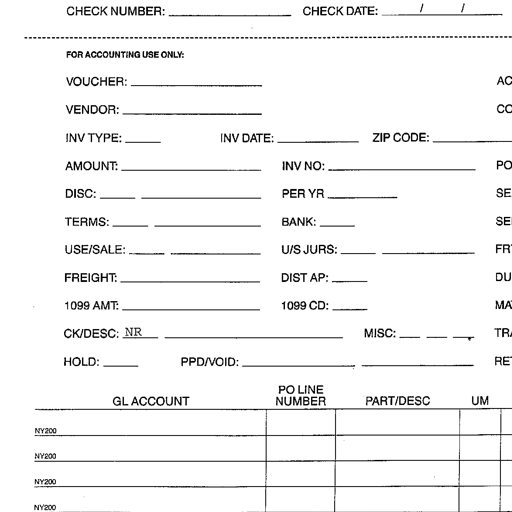
CHECK NUMBER: ______________________ CHECK DATE: ______ / ______ / ______
------------------------------------------------------------------------------------------------------------------------------------
FOR ACCOUNTING USE ONLY:
VOUCHER: __________________________________________________ AC
VENDOR: ____________________________________________________ CC
INV TYPE: ________ INV DATE: ____________________ ZIP CODE: ________
AMOUNT: ____________________ INV NO: ______________________________ PO
DISC: ______________________ PER YR ________ SE
TERMS: ________ ____________________ BANK: ________ SE
USE/SALE: ________ ____________________ U/S JURS: ____________________ FR
FREIGHT: ____________________ DIST AP: ________ DU
1099 AMT: ____________________ 1099 CD: ________ MA
CK/DESC: NR ______________________________ MISC: ________ ________ ________ TR
HOLD: ________ PPD/VOID: ________________________________ RE
GL ACCOUNT PO LINE NUMBER PART/DESC UM
NY200 ________________________________ ________ ____________________ ________
NY200 ________________________________ ________ ____________________ ________
NY200 ________________________________ ________ ____________________ ________
NY200 ________________________________ ________ ____________________ ________